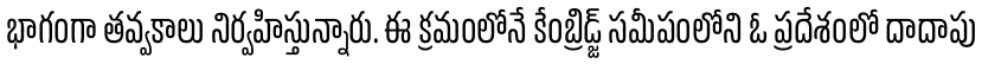
భాగంగా తవ్వకాలు నిర్వహిస్తున్నారు. ఈ క్రమంలోనే కేంబ్రిడ్జ్ సమీపంలోని ఓ ప్రదేశంలో దాదాపు